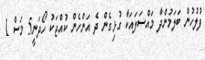
ފުލުހުން ބަލަމުންދާ މައްސަލައަކާ ގުޅިގެން ދެ އަންހެން ކުއްޖަކު ހޯދަނީ5 މަސް 1